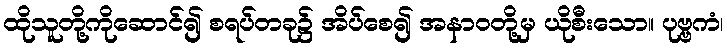
ထိုသူတို့ကိုဆောင်၍ စရပ်တခု၌ အိပ်စေ၍ အနာဝတို့မှ ယိုစီးသော။ ပုဗ္ဗကံ၊